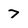
Character: 7